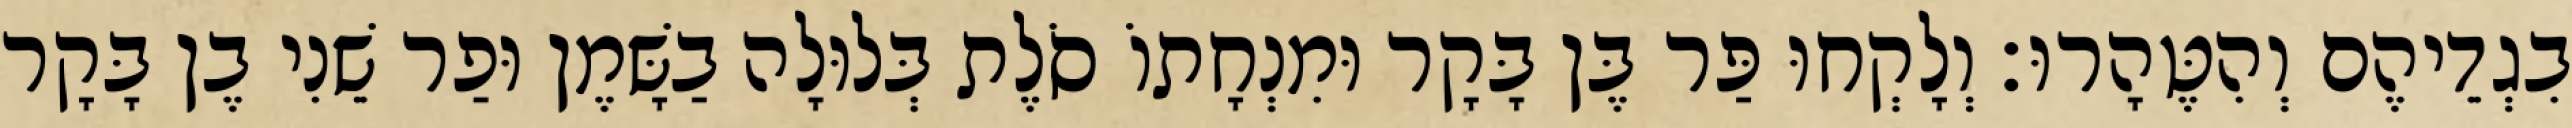
בִגְדֵיהֶם וְהִטֶּהָרוּ׃ וְלָקְחוּ פַּר בֶּן בָּקָר וּמִנְחָתוֹ סֹלֶת בְּלוּלָה בַשָּׁמֶן וּפַר שֵׁנִי בֶן בָּקָר